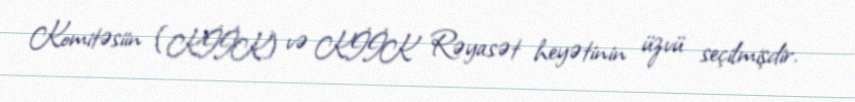
Komitəsiin (KİİK) və KİİK Rəyasət heyətinin üzvü seçilmişdir.